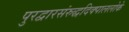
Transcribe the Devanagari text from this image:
पुरद्वारसंरुद्धदिक्पाललोके